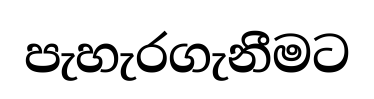
පැහැරගැනීමට